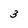
Character: 3